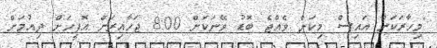
"މިހާރަކަށް އައިސް މިކަން ވެއްޖެ ބޮޑު ވޭނަކަށް 8:00 ޖަހާއިރަށް އޮފީހަށް ދިއުމަށް